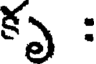
కృ :